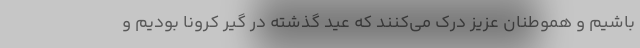
باشیم و هموطنان عزیز درک می‌کنند که عید گذشته در گیر کرونا بودیم و